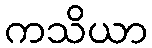
ကသိယာ